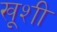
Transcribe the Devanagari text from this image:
खूशी